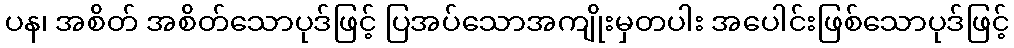
ပန၊ အစိတ် အစိတ်သောပုဒ်ဖြင့် ပြအပ်သောအကျိုးမှတပါး အပေါင်းဖြစ်သောပုဒ်ဖြင့်